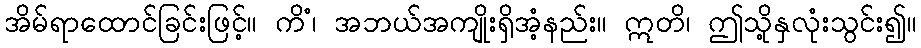
အိမ်ရာထောင်ခြင်းဖြင့်။ ကိံ၊ အဘယ်အကျိုးရှိအံ့နည်း။ ဣတိ၊ ဤသို့နှလုံးသွင်း၍။